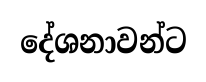
දේශනාවන්ට